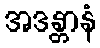
အဒန္တာနံ